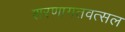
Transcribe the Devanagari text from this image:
शरणागतवत्सल